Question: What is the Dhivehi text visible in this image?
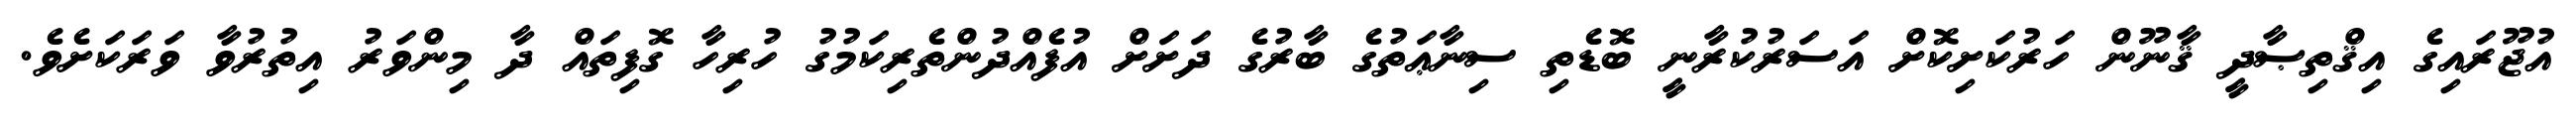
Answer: އުޖޫރައިގެ އިޤްތިޞާދީ ޤާނޫން ހަރުކަށިކޮށް އަސަރުކުރާނީ ބޮޑެތި ސިނާޢަތުގެ ބާރުގެ ދަށަށް އުފެއްދުންތެރިކަމުގު ހުރިހާ ގޮފިތައް ދާ މިންވަރު އިތުރުވާ ވަރަކަށެވެ.